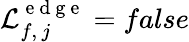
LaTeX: \mathcal{L}_{f,\, j}^{\mathrm{~e~d~g~e~}}=false